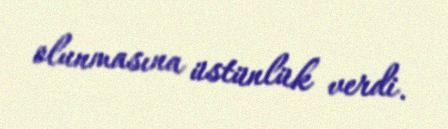
olunmasına üstünlük verdi.